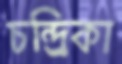
চন্দ্র্রিকা